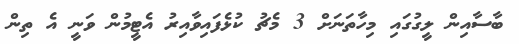
ބާސާއިން ލީގުގައި މިހާތަނަށް 3 މެޗު ކުޅެފައިވާއިރު އެޓީމުން ވަނީ އެ ތިން